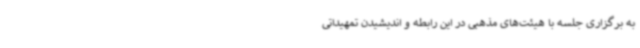
به برگزاری جلسه با هیئت‌های مذهبی در این رابطه و اندیشیدن تمهیداتی